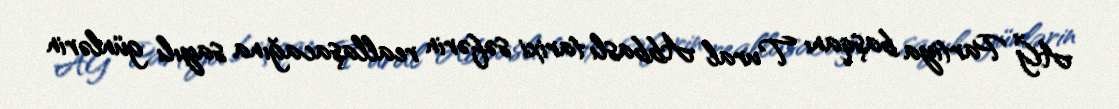
AĞ Partiya başqanı Tural Abbaslı tarixi səfərin reallaşacağına sayılı günlərin